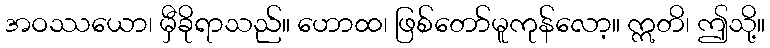
အဝဿယော၊ မှီခိုရာသည်။ ဟောထ၊ ဖြစ်တော်မူကုန်လော့။ ဣတိ၊ ဤသို့။